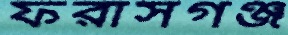
ফরাসগঞ্জ